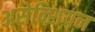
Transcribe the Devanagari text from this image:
असेन्शियन